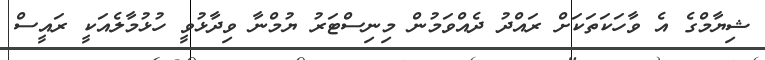
ޝިޔާމްގެ އެ ވާހަކަތަކަށް ރައްދު ދެއްވަމުން މިނިސްޓަރު ޔުމްނާ ވިދާޅުވީ ހުޅުމާލެއަކީ ރައީސް